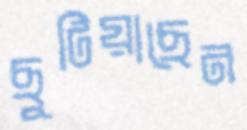
ছুটিয়াছেন